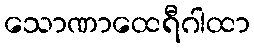
သောဏာထေရီဂါထာ